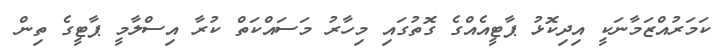
ކަމަރުއްޒަމާނަކީ އިދިކޮޅު ޕާޓީއެއްގެ ގޮތުގައި މިހާރު މަސައްކަތް ކުރާ އިސްލާމީ ޕާޓީގެ ތިން